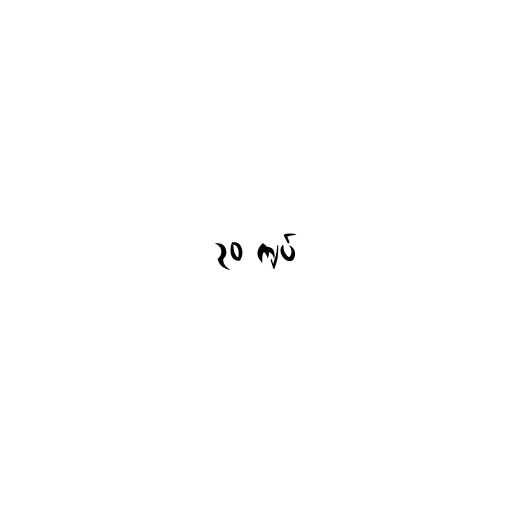
၃၀ ကျပ်